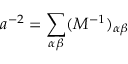
a ^ { - 2 } = \sum _ { \alpha \beta } ( M ^ { - 1 } ) _ { \alpha \beta }